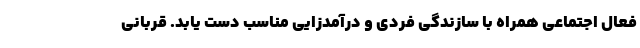
فعال اجتماعی همراه با سازندگی فردی و درآمدزایی مناسب دست یابد. قربانی